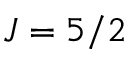
J = 5 / 2